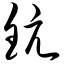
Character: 钪